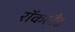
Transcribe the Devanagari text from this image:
रॉकलैंड